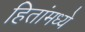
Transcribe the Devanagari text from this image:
हितांमध्ये